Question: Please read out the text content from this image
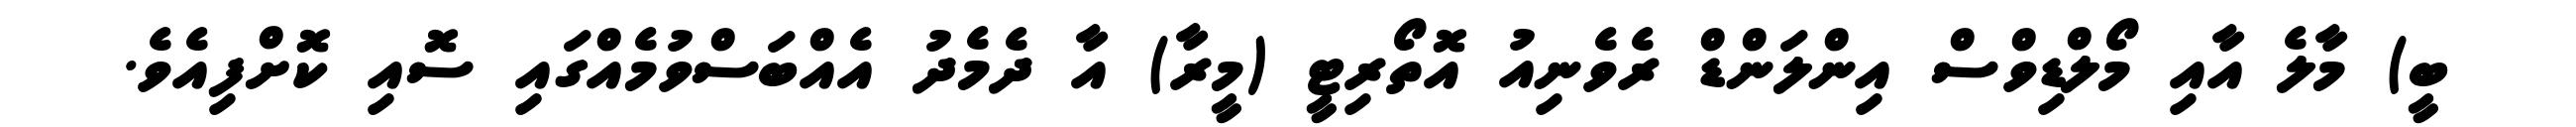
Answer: ބީ) މާލެ އާއި މޯލްޑިވްސް އިންލަންޑް ރެވެނިއު އޮތޯރިޓީ (މީރާ) އާ ދެމެދު އެއްބަސްވުމެއްގައި ސޮއި ކޮށްފިއެވެ.